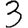
Digit: 3